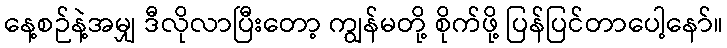
နေ့စဉ်နဲ့အမျှ ဒီလိုလာပြီးတော့ ကျွန်မတို့ စိုက်ဖို့ ပြန်ပြင်တာပေါ့နော်။